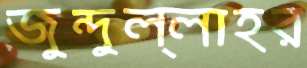
জুন্দুল্লাহর